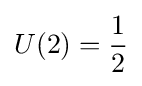
U(2)={1 \over 2}